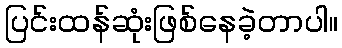
ပြင်းထန်ဆုံးဖြစ်နေခဲ့တာပါ။